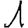
Digit: 1